Medical and sanitary report of the native army of Madras for the year
Year: 1876
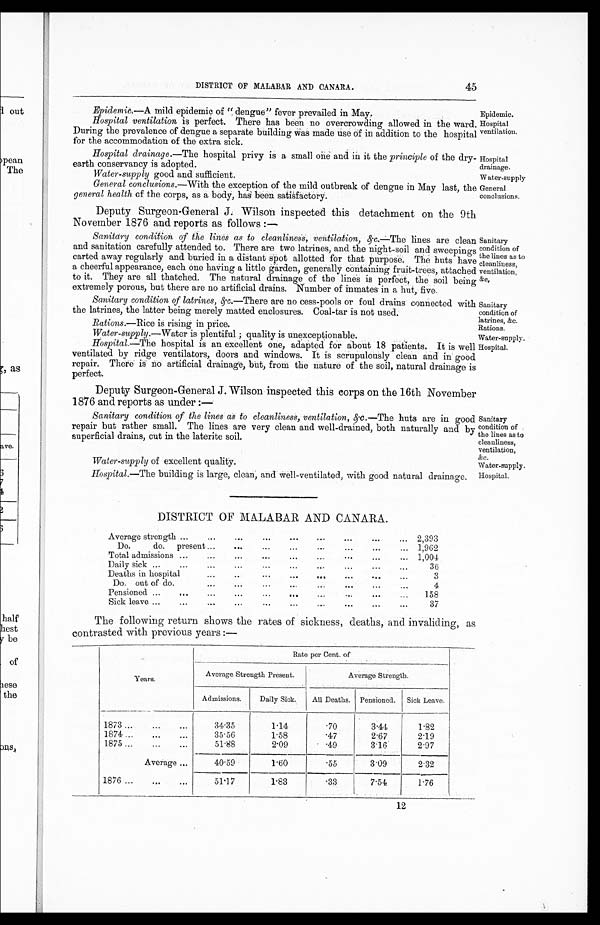
Epidemic.
Hospital
ventilation.
Hospital
drainage.
Water-supply good and sufficient.
Water-supply
Sanitary
condition of
the lines as to
cleanliness,
ventilation,
&c,
Sanitary
condition of
latrines, &c.
Rations.
Water-supply.
Sanitary
condition of
the lines as to
cleanliness,
ventilation,
&c.
Water-supply.
DISTRICT OF MALABAR AND CANARA.
45
Epidemic.— A mild epidemic of “dengue” fever prevailed in May
Hospital ventilation is perfect. There has been no overcrowding allowed in the ward.
During the prevalence of dengue a separate building was made use of in addition to the hospital
for the accommodation of the extra sick.
Hospital drainage.—The hospital privy is a small one and in it the principle of the dry-
earth conservancy is adopted.
General conclusions.—With the exception of the mild outbreak of dengue in May last, the
general health of the corps, as a body, has been satisfactory.
Deputy Surgeon-General J. Wilson inspected this detachment on the 9th
November 1876 and reports as follows :—
Sanitary condition of the lines as to cleanliness, ventilation, &c.—The lines are
clean
and sanitation carefully attended to. There are two latrines, and the night-soil and sweepings
carted away regularly and buried in a distant spot allotted for that purpose. The huts
have
a cheerful appearance, each one having a little garden, generally containing fruit-trees, attached
to it. They are all thatched. The natural drainage of the lines is perfect, the soil being
extremely porous, but there are no artificial drains. Number of inmates in a hut, five.
Sanitary condition of latrines, &c.—There are no cess-pools or foul drains connected with
the latrines, the latter being merely matted enclosures. Coal-tar is not used.
Rations.—Rice is rising in price.
Water-supply.—Water is plentiful ; quality is unexceptionable.
General
conclusions.
Hospital.—The hospital is an excellent one, adapted for about 18 patients. It is well
ventilated by ridge ventilators, doors and windows. It is scrupulously clean and in good
repair. There is no artificial drainage, but, from the nature of the soil, natural drainage is
perfect.
Hospital.
Deputy Surgeon-General J. Wilson inspected this corps on the 16th November
1876 and reports as under :—
Sanitary condition of the lines as to cleanliness, ventilation, &c.—The huts are in good
repair but rather small. The lines are very clean and well-drained, both naturally and by
superficial drains, cut in the laterite soil.
Water-supply of excellent quality.
Hospital.—The building is large, clean, and well-ventilated, with good natural drainage.
DISTRICT OF MALABAR AND CANARA .
Average strength ...
...
...
...
... ... ... ... ...
2,393
Do.
do. present ...
...
...
. . . . . . . . . . . . 1,962
Total admissions ...
...
...
...
. . . . . . . . . . . . 1,004
Daily sick ...
...
...
...
...
...
...
...
36
Deaths in hospital
...
...
...
... ... ...
...
3
Do. out of do...
...
...
...
..
...
... ...
4,
Pensioned ...
...
... ... ... ... ... ... ...
158
Sick leave ...
...
...
. . . . . . . . . . . . . . .
37
Hospital.
The following return shows the rates of sickness, deaths, and invaliding, as
contrasted with previous years :—
Years.
Rate per Cent. of
Average Strength Present.
Average Strength.
Admissions.
Daily Sick.
All Deaths. Pensioned. Sick Leave.
1873 ... ... ...
34.35
1.14
.70
3.44
1.82
1874 ...
...
...
35.56
1.58
.47
2.67
2.19
1875 ...
...
...
51.88
2.09
.49
3.16
2.97
Average ...
40.59
1.60
.55
3.09
2.32
1876 ...
...
...
51.17
1.83
.33
7.54
1.76
12